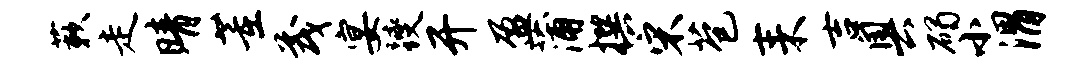
蔌走晴董茂宴躞开盈蒲撰宋苞耒吉奥碣小渭